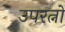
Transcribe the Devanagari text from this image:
उपरत्नो